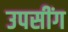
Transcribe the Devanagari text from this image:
उपसींग